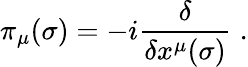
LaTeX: \pi_{\mu}(\sigma)=-i\frac{\delta}{\delta x^{\mu}(\sigma)}\; .